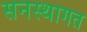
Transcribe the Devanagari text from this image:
सनस्थागत